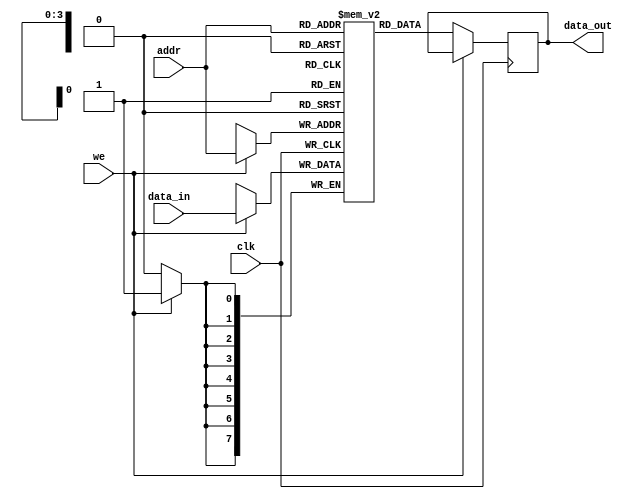
module parameterized_ram #(
    parameter DATA_WIDTH = 8,    // Number of bits per memory word
    parameter ADDR_WIDTH = 4      // Number of address lines
) (
    input wire clk,               // Clock signal
    input wire we,                // Write enable signal
    input wire [ADDR_WIDTH-1:0] addr, // Address bus
    input wire [DATA_WIDTH-1:0] data_in, // Input data bus
    output reg [DATA_WIDTH-1:0] data_out // Output data bus
);

    // Memory array declaration
    reg [DATA_WIDTH-1:0] memory [(2**ADDR_WIDTH)-1:0];

    // Synchronous read/write operation
    always @(posedge clk) begin
        if (we) begin
            // Write operation
            memory[addr] <= data_in;
        end else begin
            // Read operation
            data_out <= memory[addr];
        end
    end

    // Optional: Asynchronous reset functionality
    // Uncomment the following lines if reset functionality is needed
    /*
    input wire rst,               // Asynchronous reset signal
    always @(posedge clk or posedge rst) begin
        if (rst) begin
            integer i;
            for (i = 0; i < (2**ADDR_WIDTH); i = i + 1) begin
                memory[i] <= 0;   // Initialize memory to zero
            end
        end else begin
            if (we) begin
                memory[addr] <= data_in;
            end else begin
                data_out <= memory[addr];
            end
        end
    end
    */

endmodule